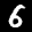
Label: 6